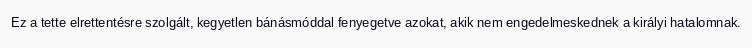
Ez a tette elrettentésre szolgált, kegyetlen bánásmóddal fenyegetve azokat, akik nem engedelmeskednek a királyi hatalomnak.